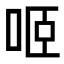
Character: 𠲬